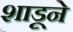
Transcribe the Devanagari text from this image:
शाडूने